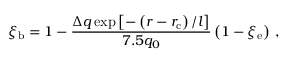
\xi _ { \mathrm { b } } = 1 - \frac { \Delta q \exp \left[ - \left( r - r _ { \mathrm { c } } \right) / l \right] } { 7 . 5 q _ { 0 } } \left( 1 - \xi _ { \mathrm { e } } \right) \, ,